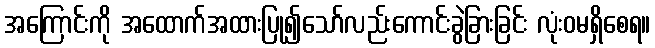
အကြောင်းကို အထောက်အထားပြု၍သော်လည်းကောင်းခွဲခြားခြင်း လုံးဝမရှိစေရ။